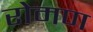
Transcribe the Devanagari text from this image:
रोमण